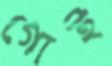
গোই